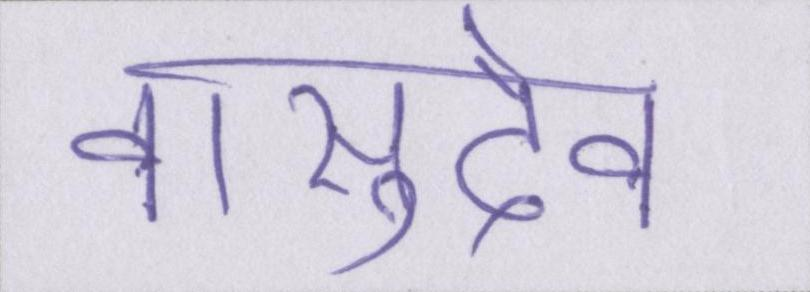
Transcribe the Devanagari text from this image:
वासुदेव